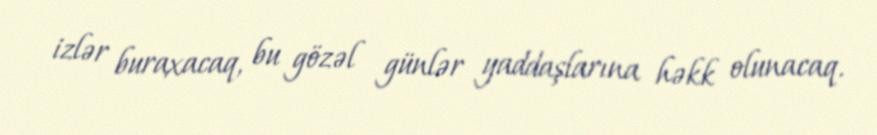
izlər buraxacaq, bu gözəl günlər yaddaşlarına həkk olunacaq.